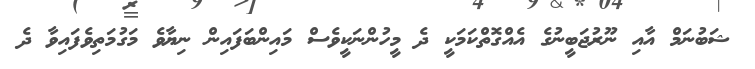
ޝަބުނަމް އާއި ނޫރުޖަބީނުގެ އެއްގޮތްކަމަކީ ދެ މީހުންނަކީވެސް މައިންބަފައިން ނިޔާވެ މަގުމަތިވެފައިވާ ދެ